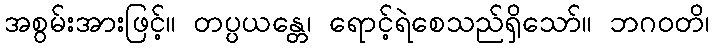
အစွမ်းအားဖြင့်။ တပ္ပယန္တေ၊ ရောင့်ရဲစေသည်ရှိသော်။ ဘဂဝတိ၊